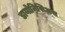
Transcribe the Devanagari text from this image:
डायोनिसिअस